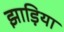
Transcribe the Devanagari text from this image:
झाड़िया